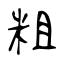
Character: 粗